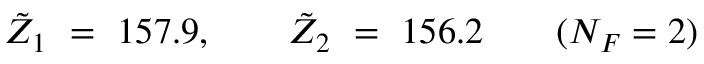
\tilde { Z } _ { 1 } \ = \ 1 5 7 . 9 , \qquad \tilde { Z } _ { 2 } \ = \ 1 5 6 . 2 \qquad ( N _ { F } = 2 )